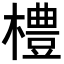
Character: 𪴀